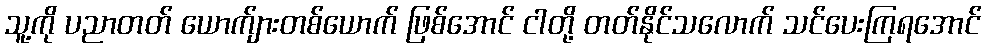
သူ့ကို ပညာတတ် ယောက်ျားတစ်ယောက် ဖြစ်အောင် ငါတို့ တတ်နိုင်သလောက် သင်ပေးကြရအောင်